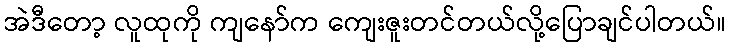
အဲဒီတော့ လူထုကို ကျနော်က ကျေးဇူးတင်တယ်လို့ပြောချင်ပါတယ်။